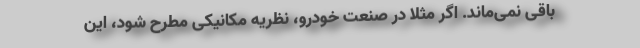
باقی نمی‌ماند. اگر مثلاً در صنعت خودرو، نظریه مکانیکی مطرح شود، این